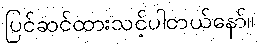
ပြင်ဆင်ထားသင့်ပါတယ်နော်။